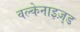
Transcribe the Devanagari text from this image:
वल्केनाइज़्ड